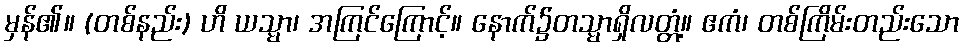
မှန်၏။ (တစ်နည်း) ဟိ ယသ္မာ၊ အကြင်ကြောင့်။ နောက်၌တသ္မာရှိလတ္တံ့။ ဧကံ၊ တစ်ကြိမ်းတည်းသော